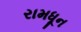
રામધૂન